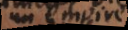
un empire